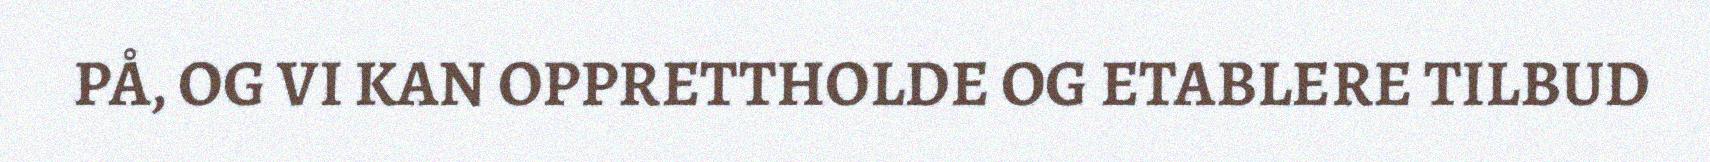
PÅ, OG VI KAN OPPRETTHOLDE OG ETABLERE TILBUD